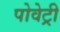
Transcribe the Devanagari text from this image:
पोवेट्री